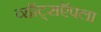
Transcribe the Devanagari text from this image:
व्हॉट्सऍपला